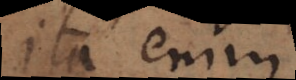
Ita enim